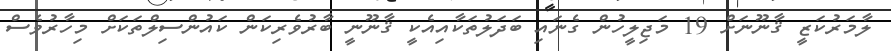
ލާމަރުކަޒީ ޤާނޫނަށް 19 މަޖިލީހުން ގެނައި ބަދަލުތަކާއިއެކީ ޤާނޫނީ ބާރުވެރިކަން ކައުންސިލްތަކަށް މިހާރުވެސް